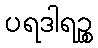
ပရဒါရဉ္စ